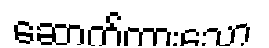
ဆောက်ထားသော